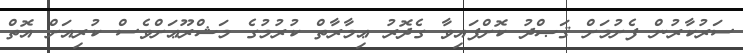
ސަރުކާރުން ފެށުމަށް ޤަޞްދު ކޮށްފައިވާ ގެދޮރު ޢިމާރާތް ކުރުމުގެ މަޝްރޫޢަށްވެސް ކުރިއަށް އޮތް